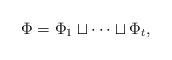
\begin{align*}\Phi=\Phi_1\sqcup \cdots \sqcup \Phi_t, \end{align*}